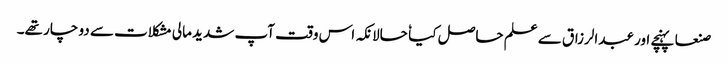
صنعا پہنچے اور عبدالرزاق سے علم حاصل کیا ٗ حالانکہ اس وقت آپ شدید مالی مشکلات سے دو چار تھے۔